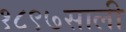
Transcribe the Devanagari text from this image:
१८९७साली